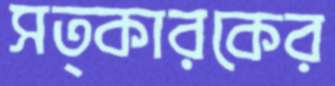
সত্কারকের